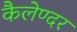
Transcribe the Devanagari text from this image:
कैलेण्दर